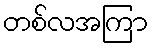
တစ်လအကြာ